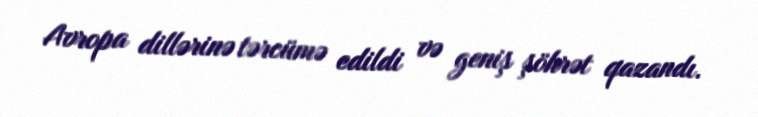
Avropa dillərinə tərcümə edildi və geniş şöhrət qazandı.